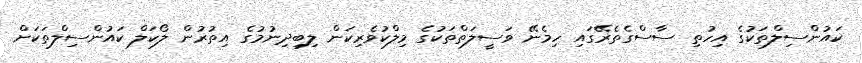
ކައުންސިލްތަކުގެ އިހުތި ސާސްގެތެރޭގައި ހިމެނޭ ވަސީލަތްތަކުގެ މިލްކުވެރިކަން ލިބިދިނުމުގެ އިތުރުން ލޯކަލް ކައުންސިލްތަކަށް